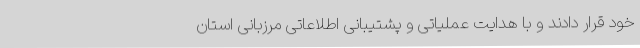
خود قرار دادند و با هدایت عملیاتی و پشتیبانی اطلاعاتی مرزبانی استان